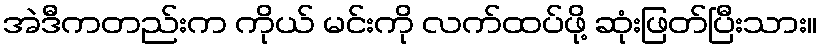
အဲဒီကတည်းက ကိုယ် မင်းကို လက်ထပ်ဖို့ ဆုံးဖြတ်ပြီးသား။